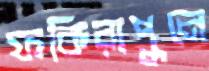
ফকিরাপুলে